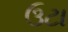
ઉટા